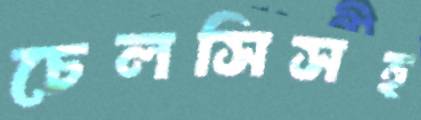
চেলসিসহ